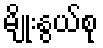
မျိုးနွယ်စု